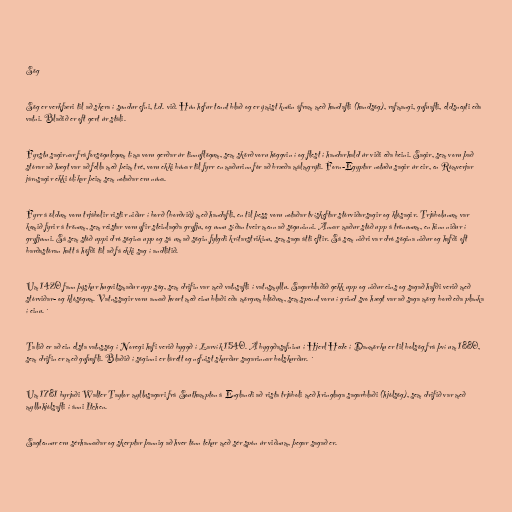
Sög

Sög er verkfæri til að skera í sundur efni, t.d. við. Hún hefur tennt blað og er ýmist knúin áfram með handafli (handsög), rafmangi, gufuafli, eldsneyti eða
vatni. Blaðið er oft gert úr stáli.

Fyrstu sagirnar frá forsögulegum tíma voru gerðar úr tinnuflögum, sem skörð voru höggvin í og flest í handarhald úr viði eða beini. Sagir, sem voru það
stórar að hægt var að fella með þeim tré, voru ekki búnar til fyrr en maðurinn fór að bræða málmgrýti. Forn-Egyptar notuðu sagir úr eir, en Rómverjar
járnsagir ekki ólíkar þeim sem notaðar eru núna.

Fyrr á öldum voru trjábolir ristir niður í borð (borðvið) með handafli, en til þess voru notaðar tvískeftar stórviðarsagir og klósagir. Trjábolunum var
komið fyrir á trönum, sem reistar voru yfir steinlagða gryfju, og unnu síðan tveir menn að söguninni. Annar maður stóð upp á trönunum, en hinn niður í
gryfjunni. Sá sem stóð uppi dró sögina upp og sá um að sögin fylgdi krítarstrikinu, sem saga átti eftir. Sá sem niðri var dró sögina niður og hafði oft
barðastóran hatt á höfði til að fá ekki sag í andlitið.

Um 1420 fann þýskur hugvitsmaður upp sög, sem drifin var með vatnsafli í vatnsmyllu. Sagarblaðið gekk upp og niður eins og sagað hafði verið með
stórviðar- og klósögum. Vatnssagir voru annað hvort með einu blaði eða mörgum blöðum, sem spennt voru í grind svo hægt var að saga mörg borð eða planka
í einu. ´

Talið er að ein elsta vatnssög í Noregi hafi verið byggð í Larvík 1540. Á byggðasafninu í Hjerl Hede í Danmörku er til bolsög frá því um 1880,
sem drifin er með gufuafli. Blaðið í söginni er lárétt og nefnist skurður sagarinnar bolskurður. ´

Um 1781 byrjaði Walter Taylor myllusagari frá Southampton á Englandi að rista trjáboli með hringlaga sagarblaði (hjólsög), sem drifið var með
mylluhjólsafli í ánni Itchen.

Sagtennur eru sérhannaðar og skerptar þannig að hver tönn tekur með sér spón úr viðnum, þegar sagað er.